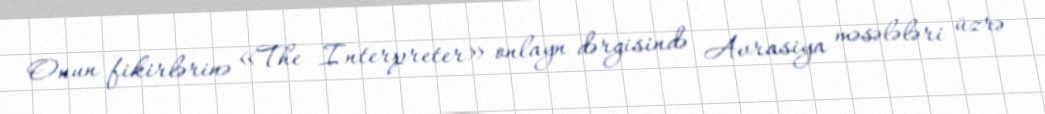
Onun fikirlərinə «The Interpreter» onlayn dərgisində Avrasiya məsələləri üzrə